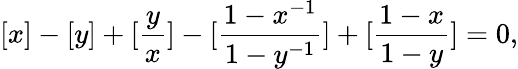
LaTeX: [x]-[y]+[\frac{y}{x}]-[\frac{1-x^{-1}}{1-y^{-1}}]+[\frac{1-x}{1-y}]=0,